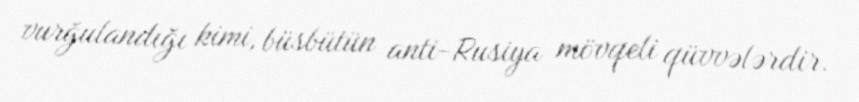
vurğulandığı kimi, büsbütün anti-Rusiya mövqeli qüvvələrdir.